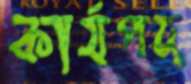
কার্যপদ্